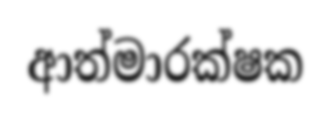
ආත්මාරක්ෂක